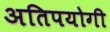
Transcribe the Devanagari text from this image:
अतिपयोगी